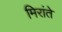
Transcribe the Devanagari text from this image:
मिरांते